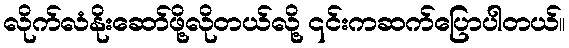
လိုက်လံနိုးဆော်ဖို့လိုတယ်လို့ ၎င်းကဆက်ပြောပါတယ်။